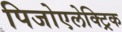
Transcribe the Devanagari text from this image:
पिजोएलेक्ट्रिक